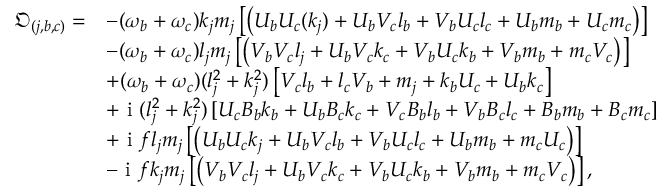
\begin{array} { r l } { \mathfrak { O } _ { ( j , b , c ) } = } & { - { ( \omega _ { b } + \omega _ { c } ) k _ { j } m _ { j } } \left[ \left( U _ { b } { U } _ { c } ( k _ { j } ) + U _ { b } { V } _ { c } l _ { b } + V _ { b } { U } _ { c } l _ { c } + U _ { b } m _ { b } + { U } _ { c } m _ { c } \right) \right] } \\ & { - { ( \omega _ { b } + \omega _ { c } ) l _ { j } m _ { j } } \left[ \left( V _ { b } { V } _ { c } l _ { j } + U _ { b } { V } _ { c } k _ { c } + V _ { b } { U } _ { c } k _ { b } + V _ { b } m _ { b } + m _ { c } { V } _ { c } \right) \right] } \\ & { + { ( \omega _ { b } + \omega _ { c } ) ( l _ { j } ^ { 2 } + k _ { j } ^ { 2 } ) } \left[ { V } _ { c } l _ { b } + l _ { c } V _ { b } + m _ { j } + k _ { b } { U } _ { c } + U _ { b } k _ { c } \right] } \\ & { + \textnormal { i } { ( l _ { j } ^ { 2 } + k _ { j } ^ { 2 } ) } \left[ { U } _ { c } B _ { b } k _ { b } + U _ { b } { B } _ { c } k _ { c } + { V } _ { c } B _ { b } l _ { b } + V _ { b } { B } _ { c } l _ { c } + B _ { b } m _ { b } + { B } _ { c } m _ { c } \right] } \\ & { + \textnormal { i } { f l _ { j } m _ { j } } \left[ \left( U _ { b } { U } _ { c } k _ { j } + U _ { b } { V } _ { c } l _ { b } + V _ { b } { U } _ { c } l _ { c } + U _ { b } m _ { b } + m _ { c } { U } _ { c } \right) \right] } \\ & { - \textnormal { i } { f k _ { j } m _ { j } } \left[ \left( V _ { b } { V } _ { c } l _ { j } + U _ { b } { V } _ { c } k _ { c } + V _ { b } { U } _ { c } k _ { b } + V _ { b } m _ { b } + m _ { c } { V } _ { c } \right) \right] , } \end{array}